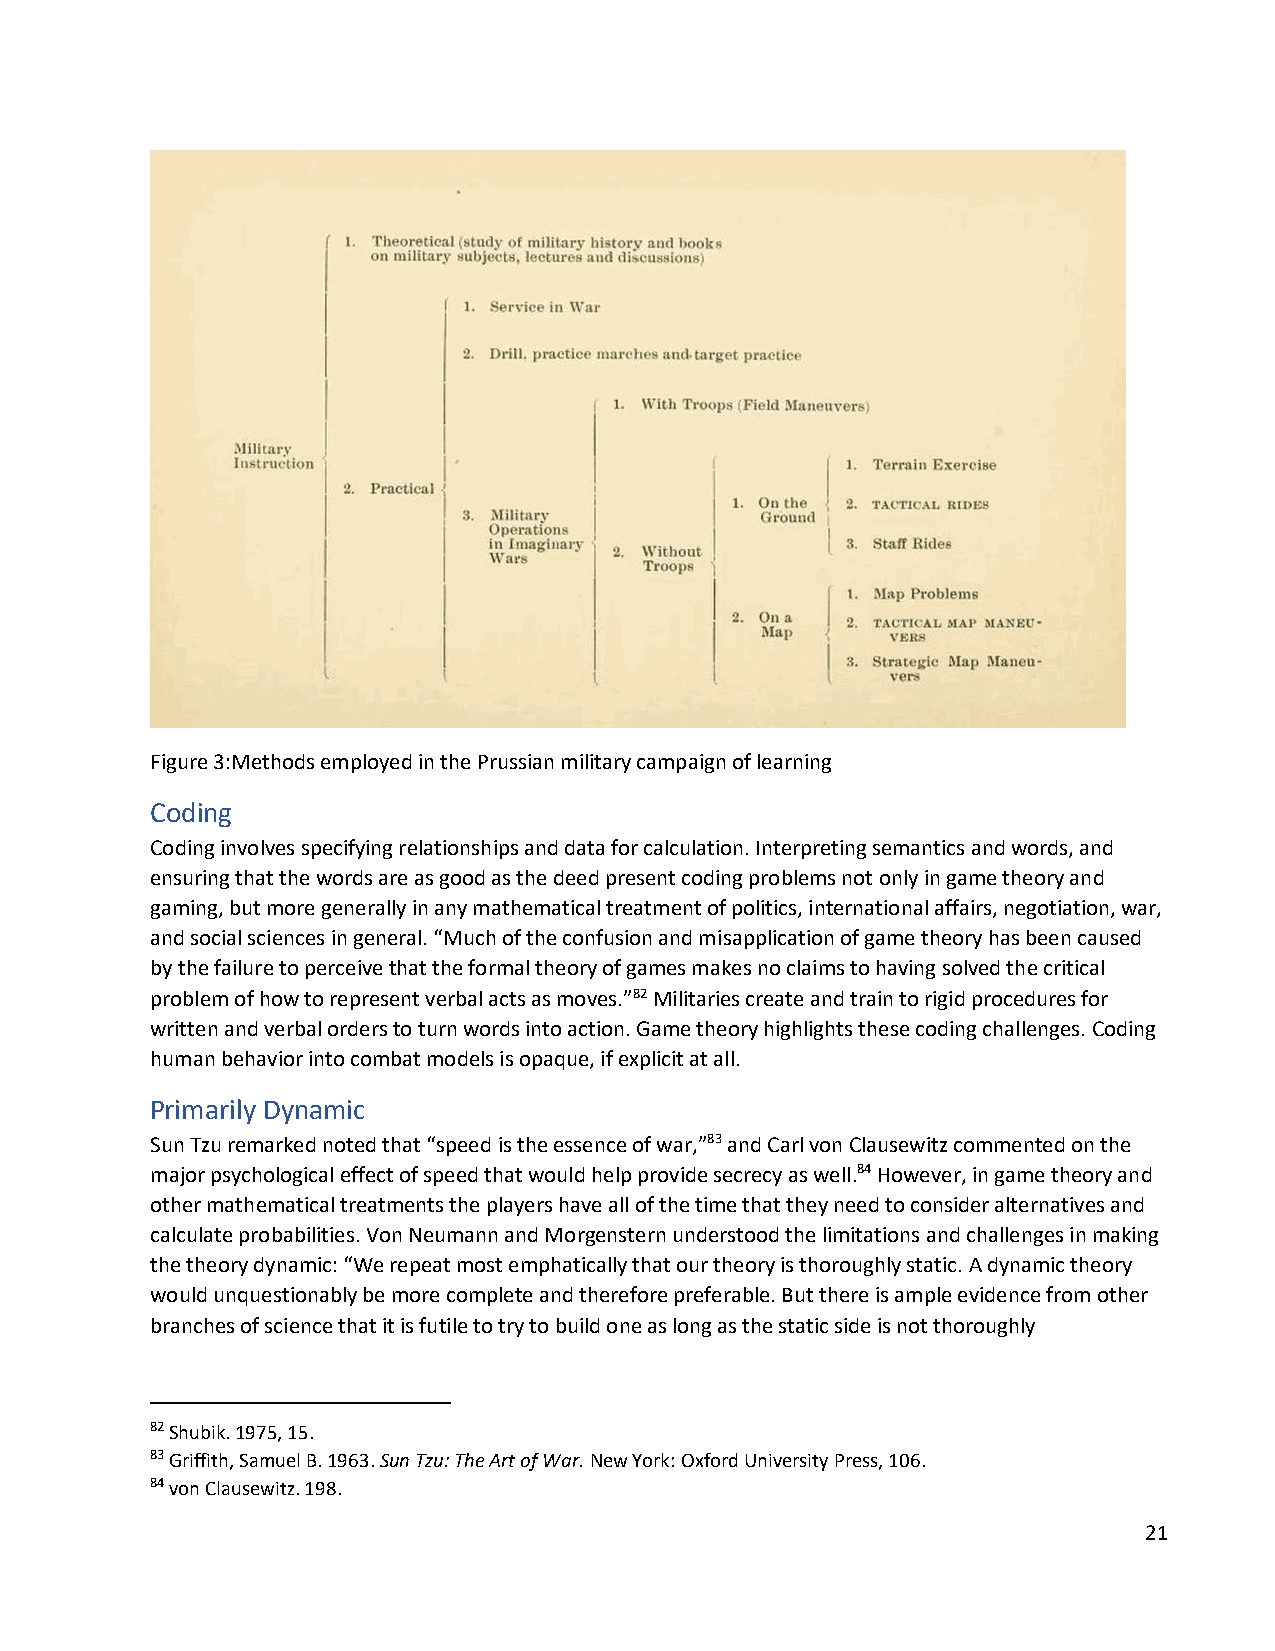
Figure 3:Methods employed in the Prussian military campaign of learning
 Coding
 Coding involves specifying relationships and data for calculation. Interpreting semantics and words, and
 ensuring that the words are as good as the deed present coding problems not only in game theory and
 gaming, but more generally in any mathematical treatment of politics, international affairs, negotiation, war,
 and social sciences in general. “Much of the confusion and misapplication of game theory has been caused
 by the failure to perceive that the formal theory of games makes no claims to having solved the critical
 problem of how to represent verbal acts as moves.”82 Militaries create and train to rigid procedures for
 written and verbal orders to turn words into action. Game theory highlights these coding challenges. Coding
 human behavior into combat models is opaque, if explicit at all.
 Primarily Dynamic
 Sun Tzu remarked noted that “speed is the essence of war,”83 and Carl von Clausewitz commented on the
 major psychological effect of speed that would help provide secrecy as well.84 However, in game theory and
 other mathematical treatments the players have all of the time that they need to consider alternatives and
 calculate probabilities. Von Neumann and Morgenstern understood the limitations and challenges in making
 the theory dynamic: “We repeat most emphatically that our theory is thoroughly static. A dynamic theory
 would unquestionably be more complete and therefore preferable. But there is ample evidence from other
 branches of science that it is futile to try to build one as long as the static side is not thoroughly
 82 Shubik. 1975, 15.
 83 Griffith, Samuel B. 1963. Sun Tzu: The Art of War. New York: Oxford University Press, 106.
 84 von Clausewitz. 198.
 21